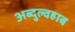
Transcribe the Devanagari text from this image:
अब्दुल्वहाब